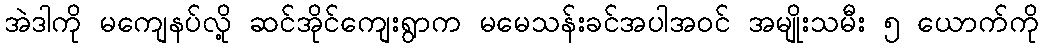
အဲဒါကို မကျေနပ်လို့ ဆင်အိုင်ကျေးရွာက မမေသန်းခင်အပါအဝင် အမျိုးသမီး ၅ ယောက်ကို